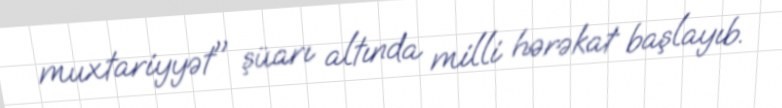
muxtariyyət" şüarı altında milli hərəkat başlayıb.